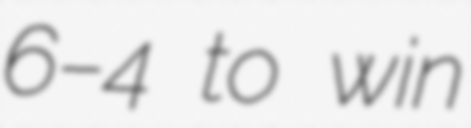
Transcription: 6–4 to win